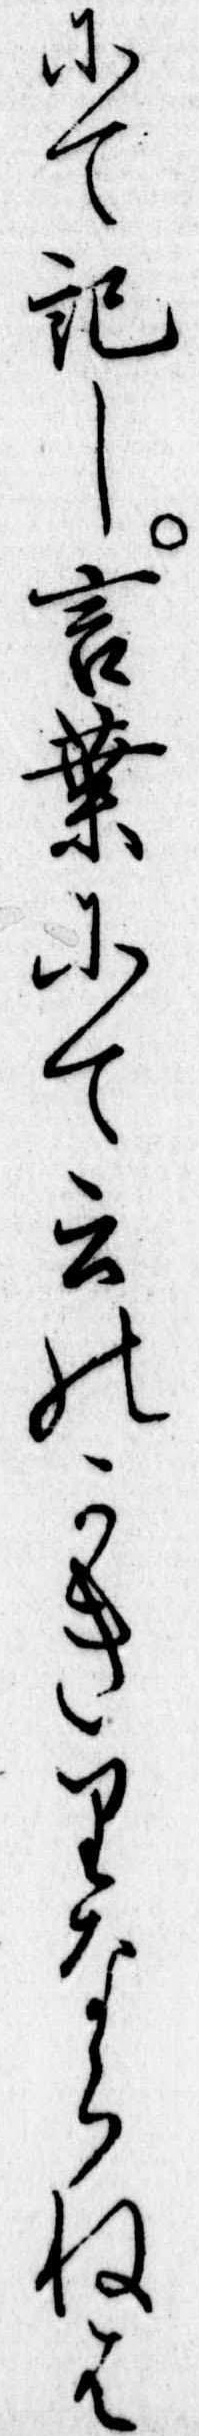
にて記し言葉にて云のかきりならねは